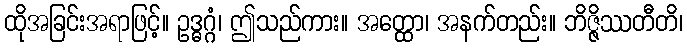
ထိုအခြင်းအရာဖြင့်။ ဥဒ္ဓဂ္ဂံ၊ ဤသည်ကား။ အတ္ထော၊ အနက်တည်း။ ဘိဇ္ဇိဿတီတိ၊